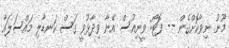
މޫނު ނިވާކޮށްގެން -- ފޮޓޯ: ވީނިއުސް އޭނާ ވިދާޅުވީ ގަސް ކަނޑާލި މައްސަލައާ